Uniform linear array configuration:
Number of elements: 12
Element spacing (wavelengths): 1
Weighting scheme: kaiser
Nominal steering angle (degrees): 15
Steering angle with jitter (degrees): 14.716
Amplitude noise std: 0.05
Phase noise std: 0.05

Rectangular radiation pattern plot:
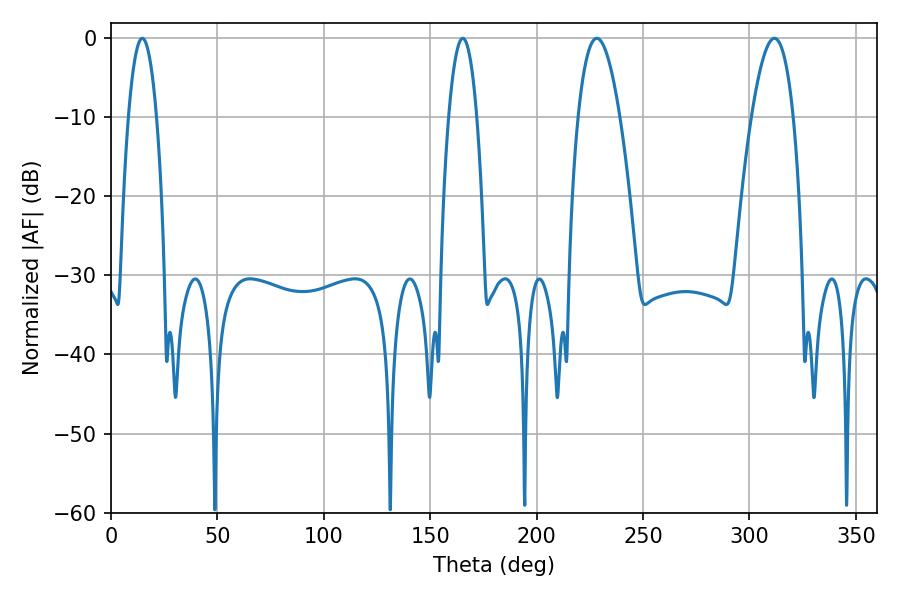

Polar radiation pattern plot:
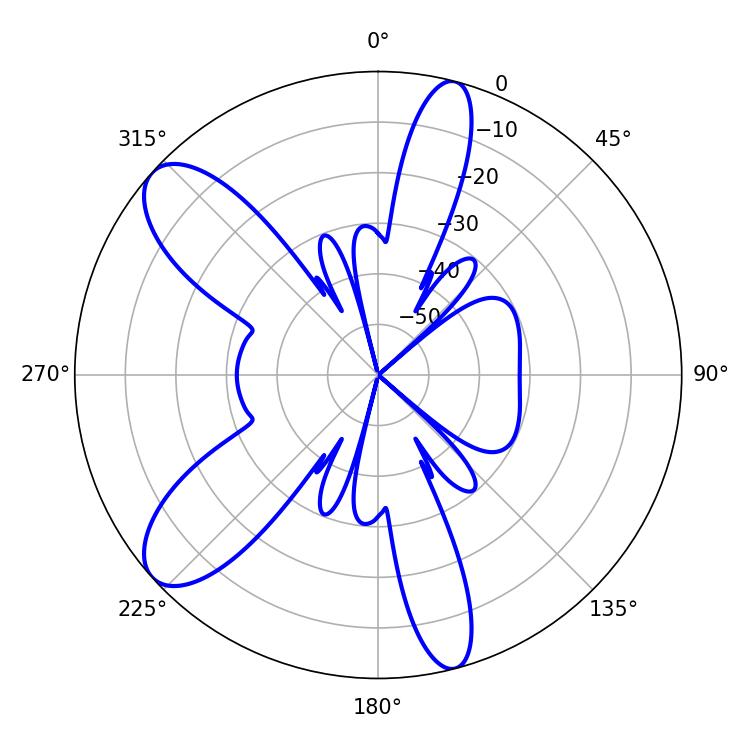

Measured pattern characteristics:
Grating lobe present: TRUE
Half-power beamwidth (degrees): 10.8
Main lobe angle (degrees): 228.24